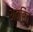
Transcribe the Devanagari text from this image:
अवरित